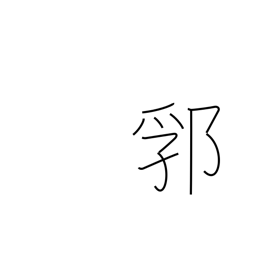
Meaning: earthwork enclosure around a castle